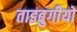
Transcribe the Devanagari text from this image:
ताइबुगीयों